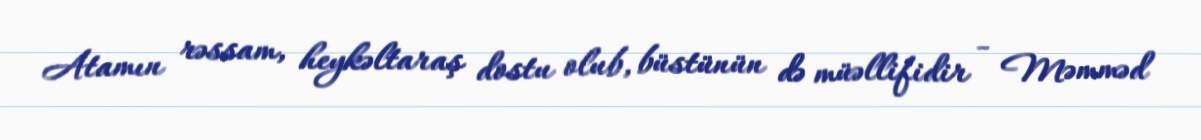
Atamın rəssam, heykəltaraş dostu olub, büstünün də müəllifidir - Məmməd